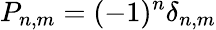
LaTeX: P_{n,m}=(-1)^{n}\delta_{n,m}